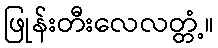
ဖြုန်းတီးလေလတ္တံ့။